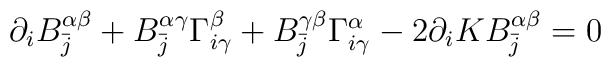
\partial_{i} B_{\bar j}^{\alpha \beta} + B_{\bar j}^{\alpha \gamma}\Gamma_{i \gamma}^{\beta} + B_{\bar j}^{\gamma \beta}\Gamma_{i \gamma}^{\alpha} - 2 \partial_{i} KB_{\bar j}^{\alpha \beta} = 0